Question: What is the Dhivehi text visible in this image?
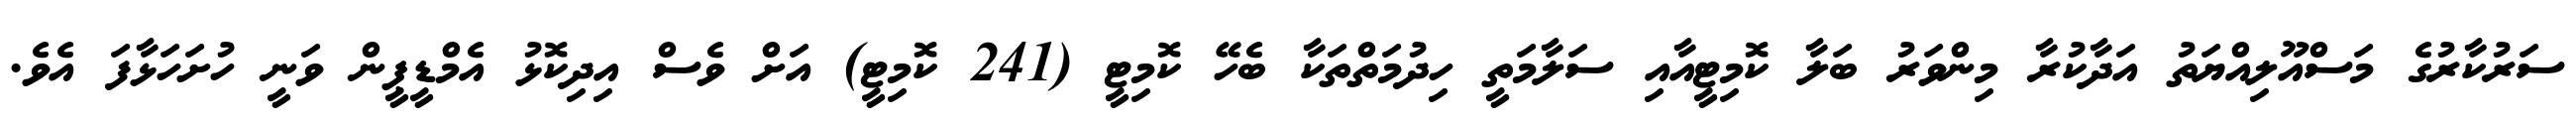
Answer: ސަރުކާރުގެ މަސްއޫލިއްޔަތު އަދާކުރާ މިންވަރު ބަލާ ކޮމިޓީއާއި ސަލާމަތީ ހިދުމަތްތަކާ ބެހޭ ކޮމިޓީ (241 ކޮމިޓީ) އަށް ވެސް އިދިކޮޅު އެމްޑީޕީން ވަނީ ހުށަހަޅާފަ އެވެ.